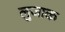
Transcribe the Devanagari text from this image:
लुजाक